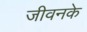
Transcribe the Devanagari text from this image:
जीवनके